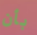
بأن